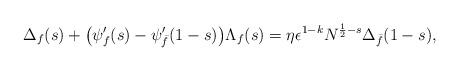
LaTeX: \begin{align*}\Delta_f(s)+\bigl(\psi_f'(s)-\psi_{\bar{f}}'(1-s)\bigr)\Lambda_f(s)=\eta\epsilon^{1-k}N^{\frac12-s}\Delta_{\bar{f}}(1-s),\end{align*}